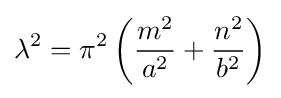
\lambda ^{2}=\pi ^{2}\left({\frac {m^{2}}{a^{2}}}+{\frac {n^{2}}{b^{2}}}\right)